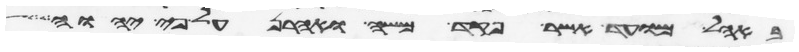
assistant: באהל מועד אשר פקד משה ואהרן על פי יהוה